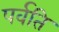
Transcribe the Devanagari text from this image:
पर्वति